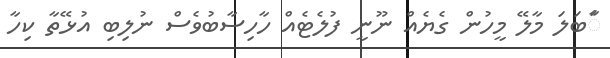
ާަަބަލަ މާލޭ މީހުން ގެޔެއް ނޫނީ ފުލެޓެއް ހާހިސާބުވެސް ނުލިބި އުޅޭތާ ކިހާ